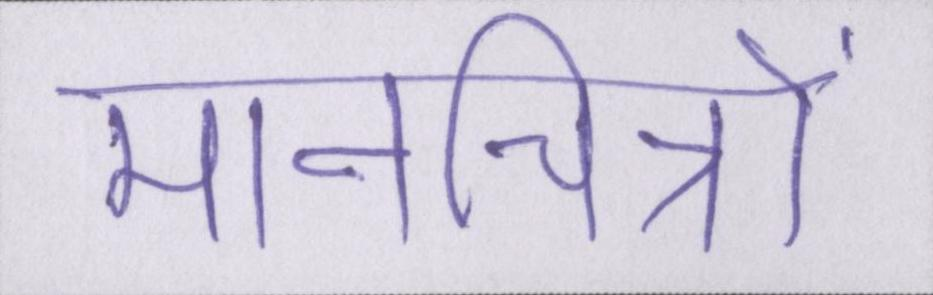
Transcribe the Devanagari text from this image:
मानचित्रों